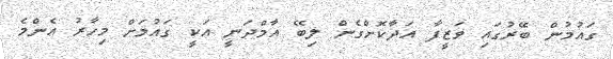
ގައުމުން ބޭރުގައި ވަޒީފާ އަދާކޮށްގެން ލިބޭ އާމްދަނީ އަކީ ގައުމަށް މިހާރު އެންމެ